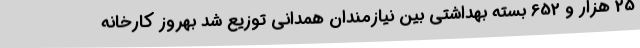
25 هزار و 652 بسته بهداشتی بین نیازمندان همدانی توزیع شد بهروز کارخانه